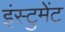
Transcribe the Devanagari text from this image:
इंस्टुमेंट